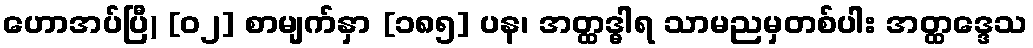
ဟောအပ်ပြီ) [၀၂] စာမျက်နှာ [၁၈၅] ပန၊ အတ္ထဒ္ဓါရ သာမညမှတစ်ပါး အတ္ထဒ္ဒေသ